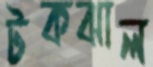
টকঝাল